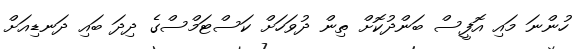
ހުންނަ މައި އޮފީސް ބަންދުކޮށް ތިން ދުވަހަށް ކަސްޓަމްސްގެ ދިދަ ބައި ދަނޑިއަށް